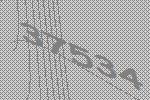
37534